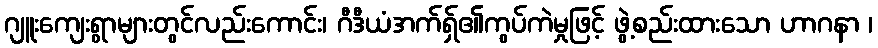
ဂျူးကျေးရွာများတွင်လည်းကောင်း၊ ဂီဒီယံအက်ရှ်၏ကွပ်ကဲမှုဖြင့် ဖွဲ့စည်းထားသော ဟာဂနာ ၊